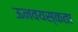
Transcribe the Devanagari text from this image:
ऊनवयस्कता